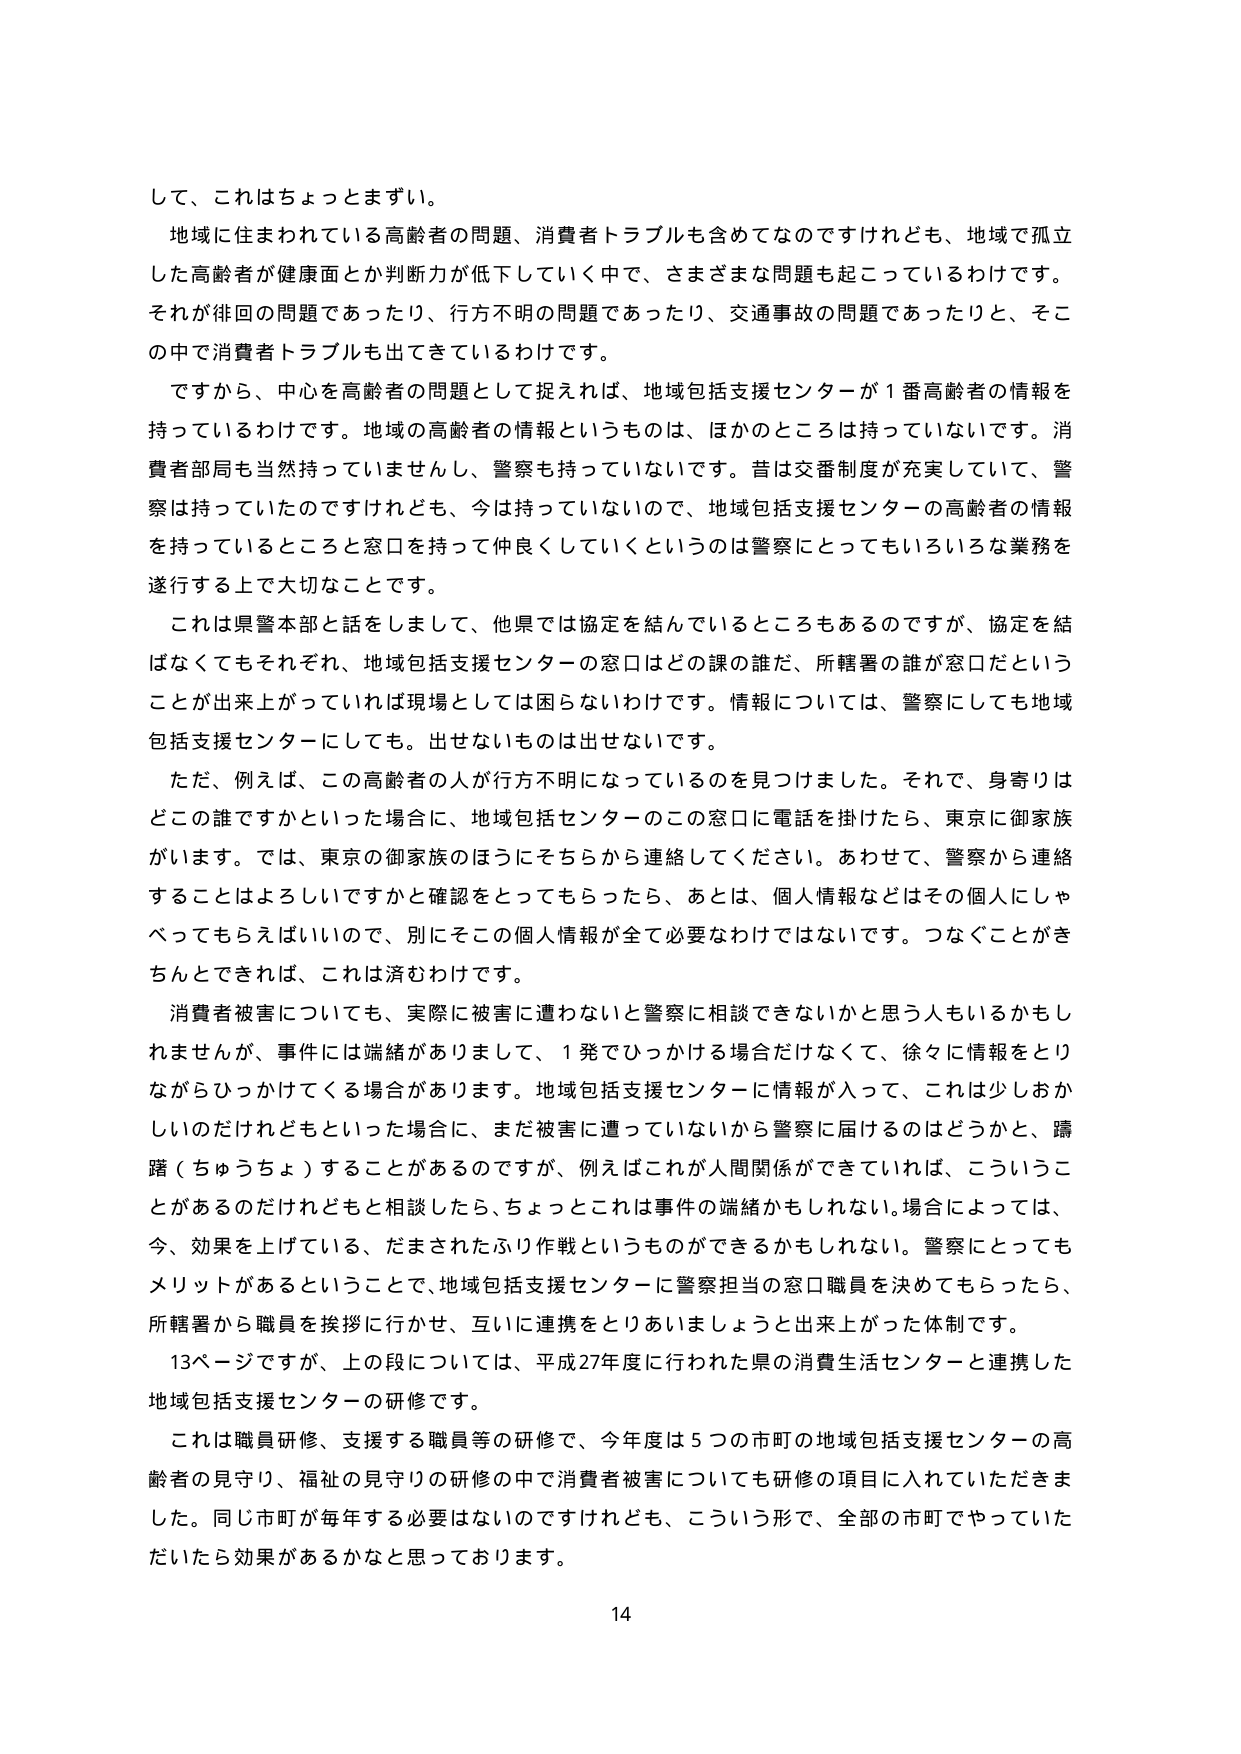
して、これはちょっとまずい。

地域に住まれている高齢者の問題、消費者トラブルも含めてなのですけれども、地域で孤立した高齢者が健康面とか判断力が低下していく中で、さまざまな問題を起こっているわけです。それが徘徊の問題であったり、行方不明の問題であったり、交通事故の問題であったりと、その中で消費者トラブルも出てきているわけです。

ですから、中心を高齢者の問題として捉えれば、地域包括支援センターが１番高齢者の情報をを持っているわけです。地域の高齢者の情報というものは、ほかのところは持っていないです。消費者部局も当然持っていませんし、警察も持っていないです。昔は交番制度が充実していて、警察は持っていたのですけれども、今は持っていないので、地域包括支援センターの高齢者の情報を持っているところと窓口を持って伸長していくというのは警察にとってもいろいろな業務を遂行する上で大切なことです。

これは県警本部と話をしまして、他県では協定を結んでいるところもあるのですが、協定を結ばなくてもそれぞれ、地域包括支援センターの窓口はどの課の誰だ、所轄署の誰が窓口だということが出来上がっていれば現場としては困らないわけです。情報については、警察にしても地域包括支援センターにしても、出せないものは出せないです。

ただ、例えば、この高齢者の人が行方不明になっているのを見つけました。それで、身寄りはどこの誰ですかといった場合に、地域包括センターのこの窓口に電話を掛けたら、東京に御家族がいます。では、東京の御家族のほうにそちらから連絡してください。あわせて、警察から連絡することはよろしいですかと確認をとってもらったら、あとは、個人情報などはその個人にしゃべってもらえばいいので、別にそこの個人情報が全て必要なわけではないです。つなぐことができちんとできれば、これは済むわけです。

消費者被害についても、実際に被害に遭わないと警察に相談できないかと思う人もいるかもしれませんが、事件には端緒がありまして、１発でひっかける場合だけでなく、徐々に情報をとりながらひっかけてくる場合があります。地域包括支援センターに情報が入って、これは少しおかしいのだけれどもといった場合に、まだ被害に遭っていないから警察に届けるのはどうかと、躊躇（ちゅうちょ）することがあるのですが、例えばこれが人間関係ができていれば、こういうことがあるのだけれどもと相談したら、ちょっとこれは事件の端緒かもしれない。場合によっては、今、効果を上げている、だまされたふり作戦というものができるかもしれない。警察にとってもメリットがあるということで、地域包括支援センターに警察担当の窓口職員を決めてもらったなら、所轄署から職員を挨拶に行かせ、互いに連携をとりあいましょうと出来上がった体制です。

13ページですが、上の段については、平成27年度に行われた県の消費生活センターと連携した地域包括支援センターの研修です。

これは職員研修、支援する職員等の研修で、今年度は５つの市町の地域包括支援センターの高齢者の見守り、福祉の見守りの研修の中で消費者被害についても研修の項目に入れていただきました。同じ市町が毎年する必要はないのですけれども、こういう形で、全部の市町でやっていただいたら効果があるかなと思っております。

14